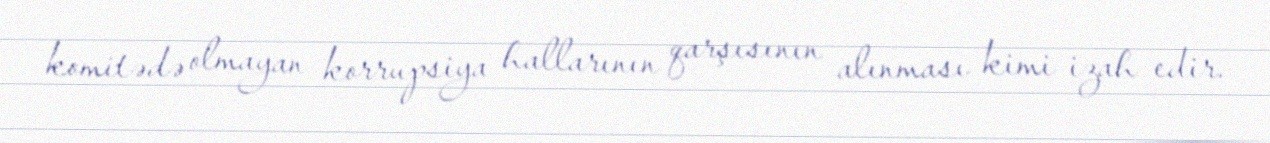
komitədə olmayan korrupsiya hallarının qarşısının alınması kimi izah edir.